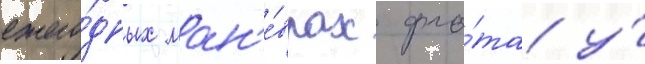
ежего́дных ман'е́врах фло́та у́